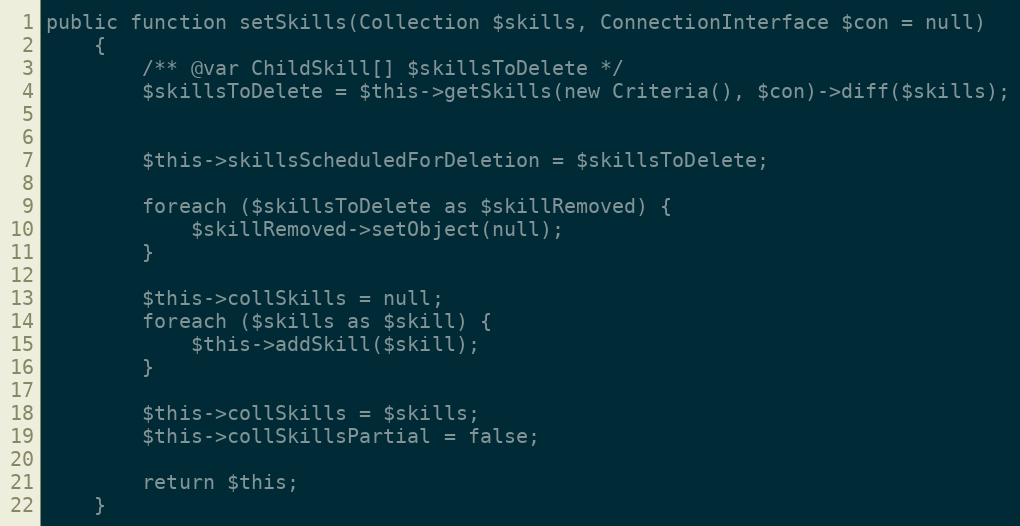
Language: PHP
public function setSkills(Collection $skills, ConnectionInterface $con = null)
    {
        /** @var ChildSkill[] $skillsToDelete */
        $skillsToDelete = $this->getSkills(new Criteria(), $con)->diff($skills);

        $this->skillsScheduledForDeletion = $skillsToDelete;

        foreach ($skillsToDelete as $skillRemoved) {
            $skillRemoved->setObject(null);
        }

        $this->collSkills = null;
        foreach ($skills as $skill) {
            $this->addSkill($skill);
        }

        $this->collSkills = $skills;
        $this->collSkillsPartial = false;

        return $this;
    }